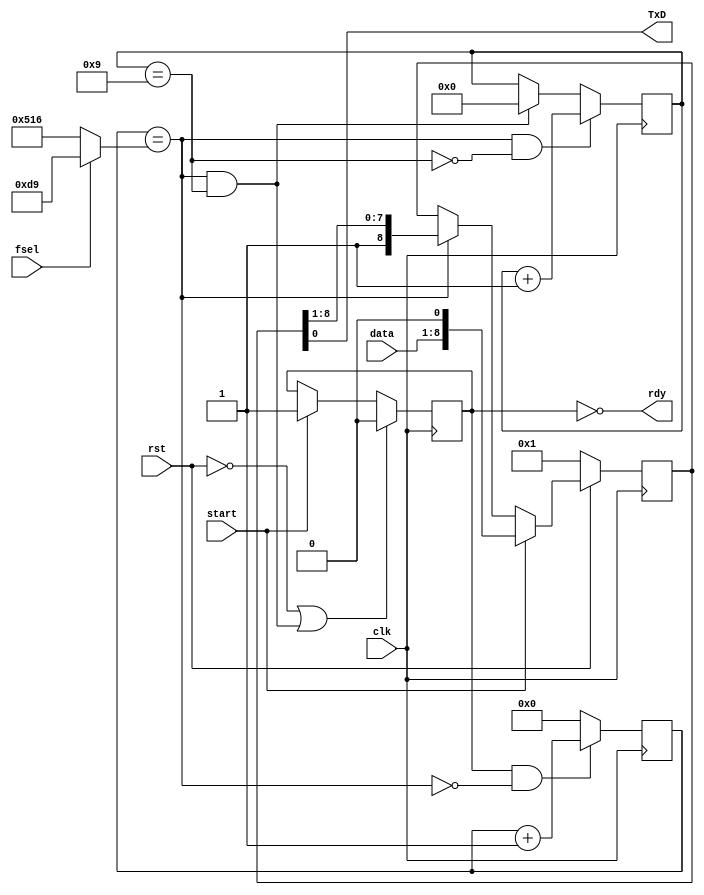
`timescale 1ns / 1ps  // NW 4.5.09 / 15.8.10 / 15.11.10

// RS232 transmitter for 19200 bps, 8 bit data
// clock is 25 MHz; 25000 / 1302 = 19.2 KHz

module RS232T(
    input clk, rst,
    input start, // request to accept and send a byte
	 input fsel,  // frequency selection
    input [7:0] data,
    output rdy,
    output TxD);

wire endtick, endbit;
wire [11:0] limit;
reg run;
reg [11:0] tick;
reg [3:0] bitcnt;
reg [8:0] shreg;

assign limit = fsel ? 217 : 1302;
assign endtick = tick == limit;
assign endbit = bitcnt == 9;
assign rdy = ~run;
assign TxD = shreg[0];

always @ (posedge clk) begin
  run <= (~rst | endtick & endbit) ? 0 : start ? 1 : run;
  tick <= (run & ~endtick) ? tick + 1 : 0;
  bitcnt <= (endtick & ~endbit) ? bitcnt + 1 :
    (endtick & endbit) ? 0 : bitcnt;
  shreg <= (~rst) ? 1 : start ? {data, 1'b0} :
    endtick ? {1'b1, shreg[8:1]} : shreg;
end
endmodule